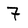
Character: 7